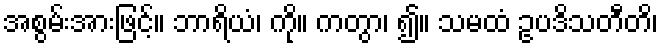
အစွမ်းအားဖြင့်။ ဘာရိယံ၊ ကို။ ကတွာ၊ ၍။ သမထံ ဥပဒိသတီတိ၊